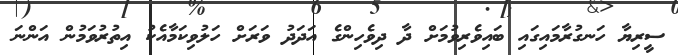
ސީރިޔާ ހަނގުރާމައިގައި ބައިވެރިވުމަށް ދާ ދިވެހިންގެ އަދަދު ވަރަށް ހަލުވިކަމާއެކު އިތުރުވަމުން އަންނަ